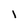
Character: l